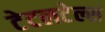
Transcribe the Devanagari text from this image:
टेटलटेल्स